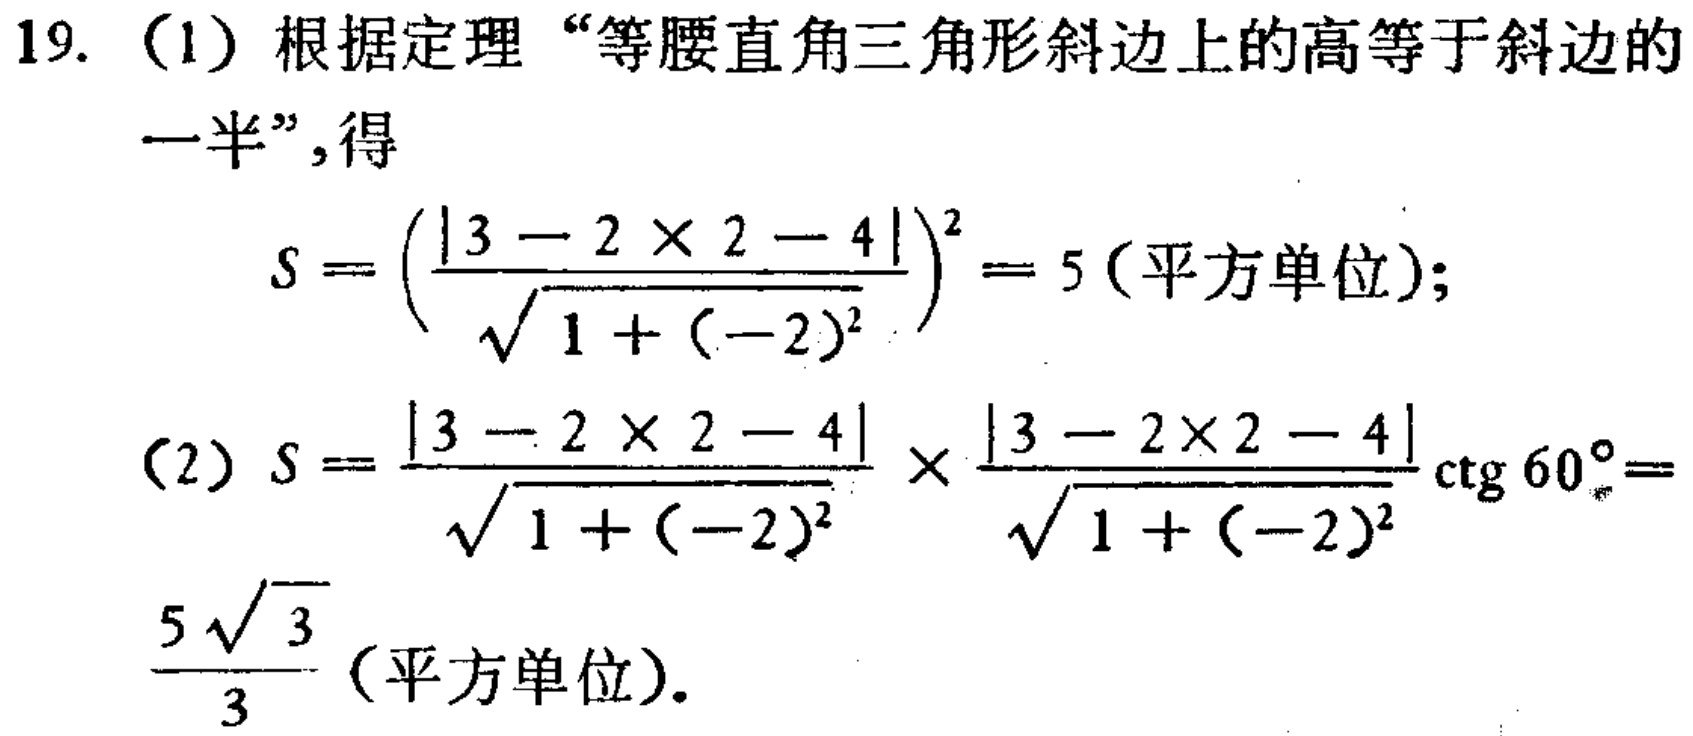
19. （1）根据定理“等腰直角三角形斜边上的高等于斜边的一半”，得
\[
S = \left(\frac{|3 - 2\times2 - 4|}{\sqrt{1 + (-2)^2}}\right)^2 = 5 (\text{平方单位});
\]
（2）
\[
S = \frac{|3 - 2\times2 - 4|}{\sqrt{1 + (-2)^2}} \times \frac{|3 - 2\times2 - 4|}{\sqrt{1 + (-2)^2}} \cot 60^{\circ} = \frac{5\sqrt{3}}{3} (\text{平方单位}).
\]